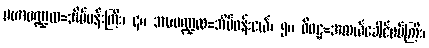
မဟာမဏ္ဍလ=အိမ်ဝန်းကြီး၊ ၄။ အဍ္ဎမဏ္ဍလ=အိမ်ဝန်းငယ်၊ ၅။ ဝိဝဋ္ဋ=အလယ်ခေါင်စပ်ကြီး၊